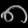
Digit: ၈